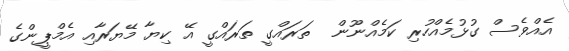
އެއްވެސް ގުޅުމެއްހުރި ކަމެއްނޫން  ތަރައްގީ ތަރައްގީ އޭ ކިޔާ މޭޔަރާއި އެމްޕީންގެ